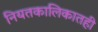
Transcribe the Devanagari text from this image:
नियतकालिकातही